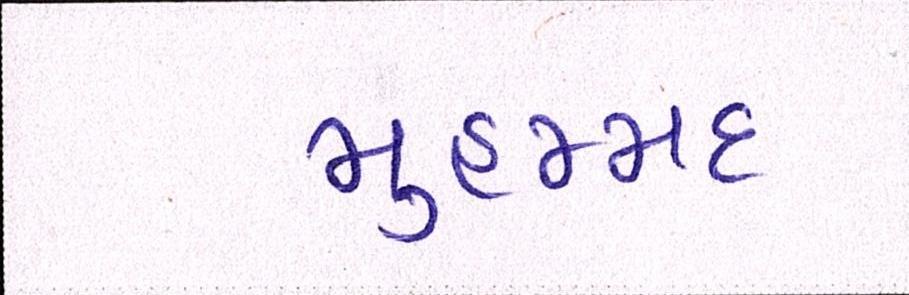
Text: મુહમ્મદ